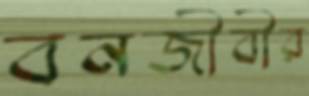
বনজীবীর